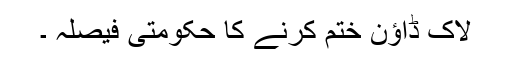
لاک ڈاؤن ختم کرنے کا حکومتی فیصلہ ۔